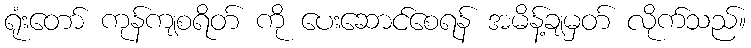
ရုံးတော် ကုန်ကျစရိတ် ကို ပေးဆောင်စေရန် အမိန့်ချမှတ် လိုက်သည်။